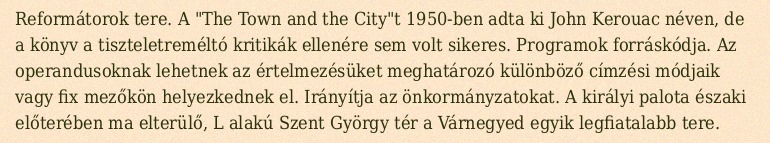
Reformátorok tere. A "The Town and the City"t 1950-ben adta ki John Kerouac néven, de a könyv a tiszteletreméltó kritikák ellenére sem volt sikeres. Programok forráskódja. Az operandusoknak lehetnek az értelmezésüket meghatározó különböző címzési módjaik vagy fix mezőkön helyezkednek el. Irányítja az önkormányzatokat. A királyi palota északi előterében ma elterülő, L alakú Szent György tér a Várnegyed egyik legfiatalabb tere.